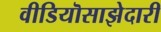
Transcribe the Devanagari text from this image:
वीडियॊसाझेदारी